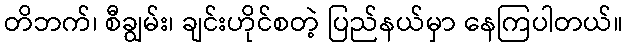
တိဘက်၊ စီချွမ်း၊ ချင်းဟိုင်စတဲ့ ပြည်နယ်မှာ နေကြပါတယ်။